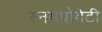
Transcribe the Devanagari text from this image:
स्नमप्रोगेटी